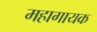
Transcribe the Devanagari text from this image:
महागायक